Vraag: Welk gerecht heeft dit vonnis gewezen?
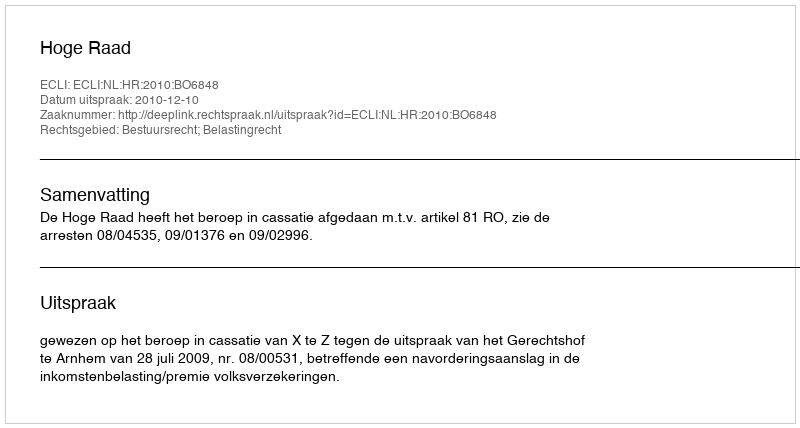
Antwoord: Hoge Raad